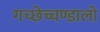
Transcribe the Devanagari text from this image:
गच्छेच्चण्डालो